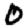
Digit: 0